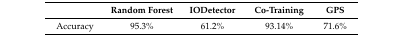
<table><thead><tr><td></td><td><b>Random Forest</b></td><td><b>IODetector</b></td><td><b>Co-Training</b></td><td><b>GPS</b></td></tr></thead><tbody><tr><td>Accuracy</td><td>95.3%</td><td>61.2%</td><td>93.14%</td><td>71.6%</td></tr></tbody></table>